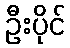
ဦးပိုင်